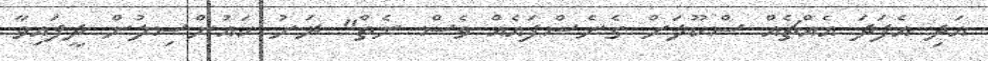
އަދި އެފަދަ އެއްޗެއް ސްކޫލަށް ގެނެސްފައެއް ވެސް ނެތް" ރަށު ކައުންސިލުން ދީފައިވާ